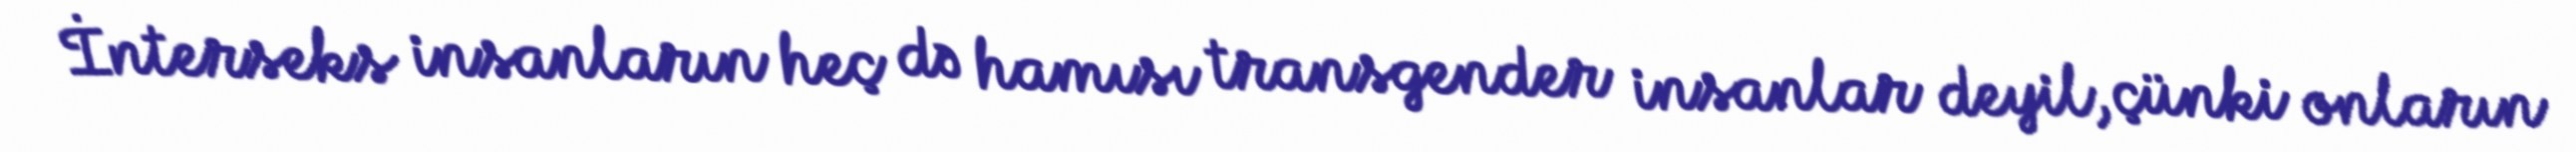
İnterseks insanların heç də hamısı transgender insanlar deyil, çünki onların